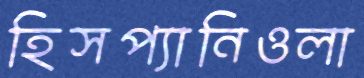
হিসপ্যানিওলা